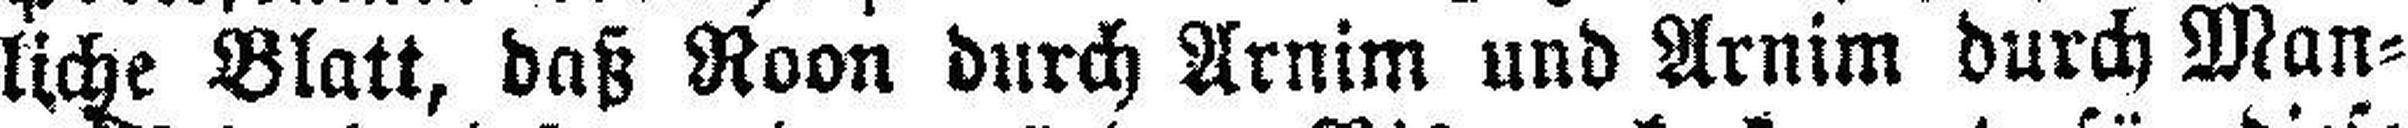
liche Blatt, daß Roon durch Arnim und Arnim durch Man¬